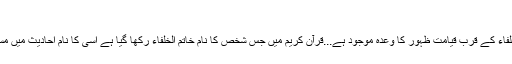
)
قرآن شریف میں خاتم الخلفاء کے قرب قیامت ظہور کا وعدہ موجود ہے...قرآن کریم میں جس شخص کا نام خاتم الخلفاء رکھا گیا ہے اسی کا نام احادیث میں مسیح موعود رکھا گیا ہے۔